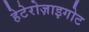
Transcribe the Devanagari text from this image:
हेटेरोज़ाइगोट